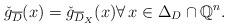
LaTeX: \begin{align*}\check{g}_{\overline{D}}(x)=\check{g}_{\overline{D}_X}(x)\forall\,x\in \Delta_D\cap \mathbb{Q}^n.\end{align*}